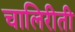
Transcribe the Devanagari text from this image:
चालिरीती